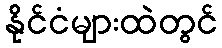
နိုင်ငံများထဲတွင်